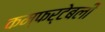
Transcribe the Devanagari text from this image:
कम्फर्टेबली